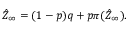
\hat { Z } _ { \infty } = ( 1 - p ) q + p \pi ( \hat { Z } _ { \infty } ) .